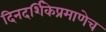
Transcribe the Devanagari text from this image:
दिनदर्शिकेप्रमाणेच